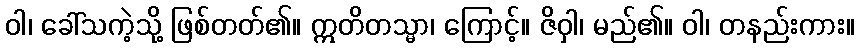
ဝါ၊ ခေါ်သကဲ့သို့ ဖြစ်တတ်၏။ ဣတိတသ္မာ၊ ကြောင့်။ ဇိဝှါ၊ မည်၏။ ဝါ၊ တနည်းကား။